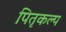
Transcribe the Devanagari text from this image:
पितृकल्प